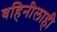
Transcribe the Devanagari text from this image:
वहिनीलाही